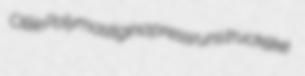
Ollie Polymastigina pressruns trucklike